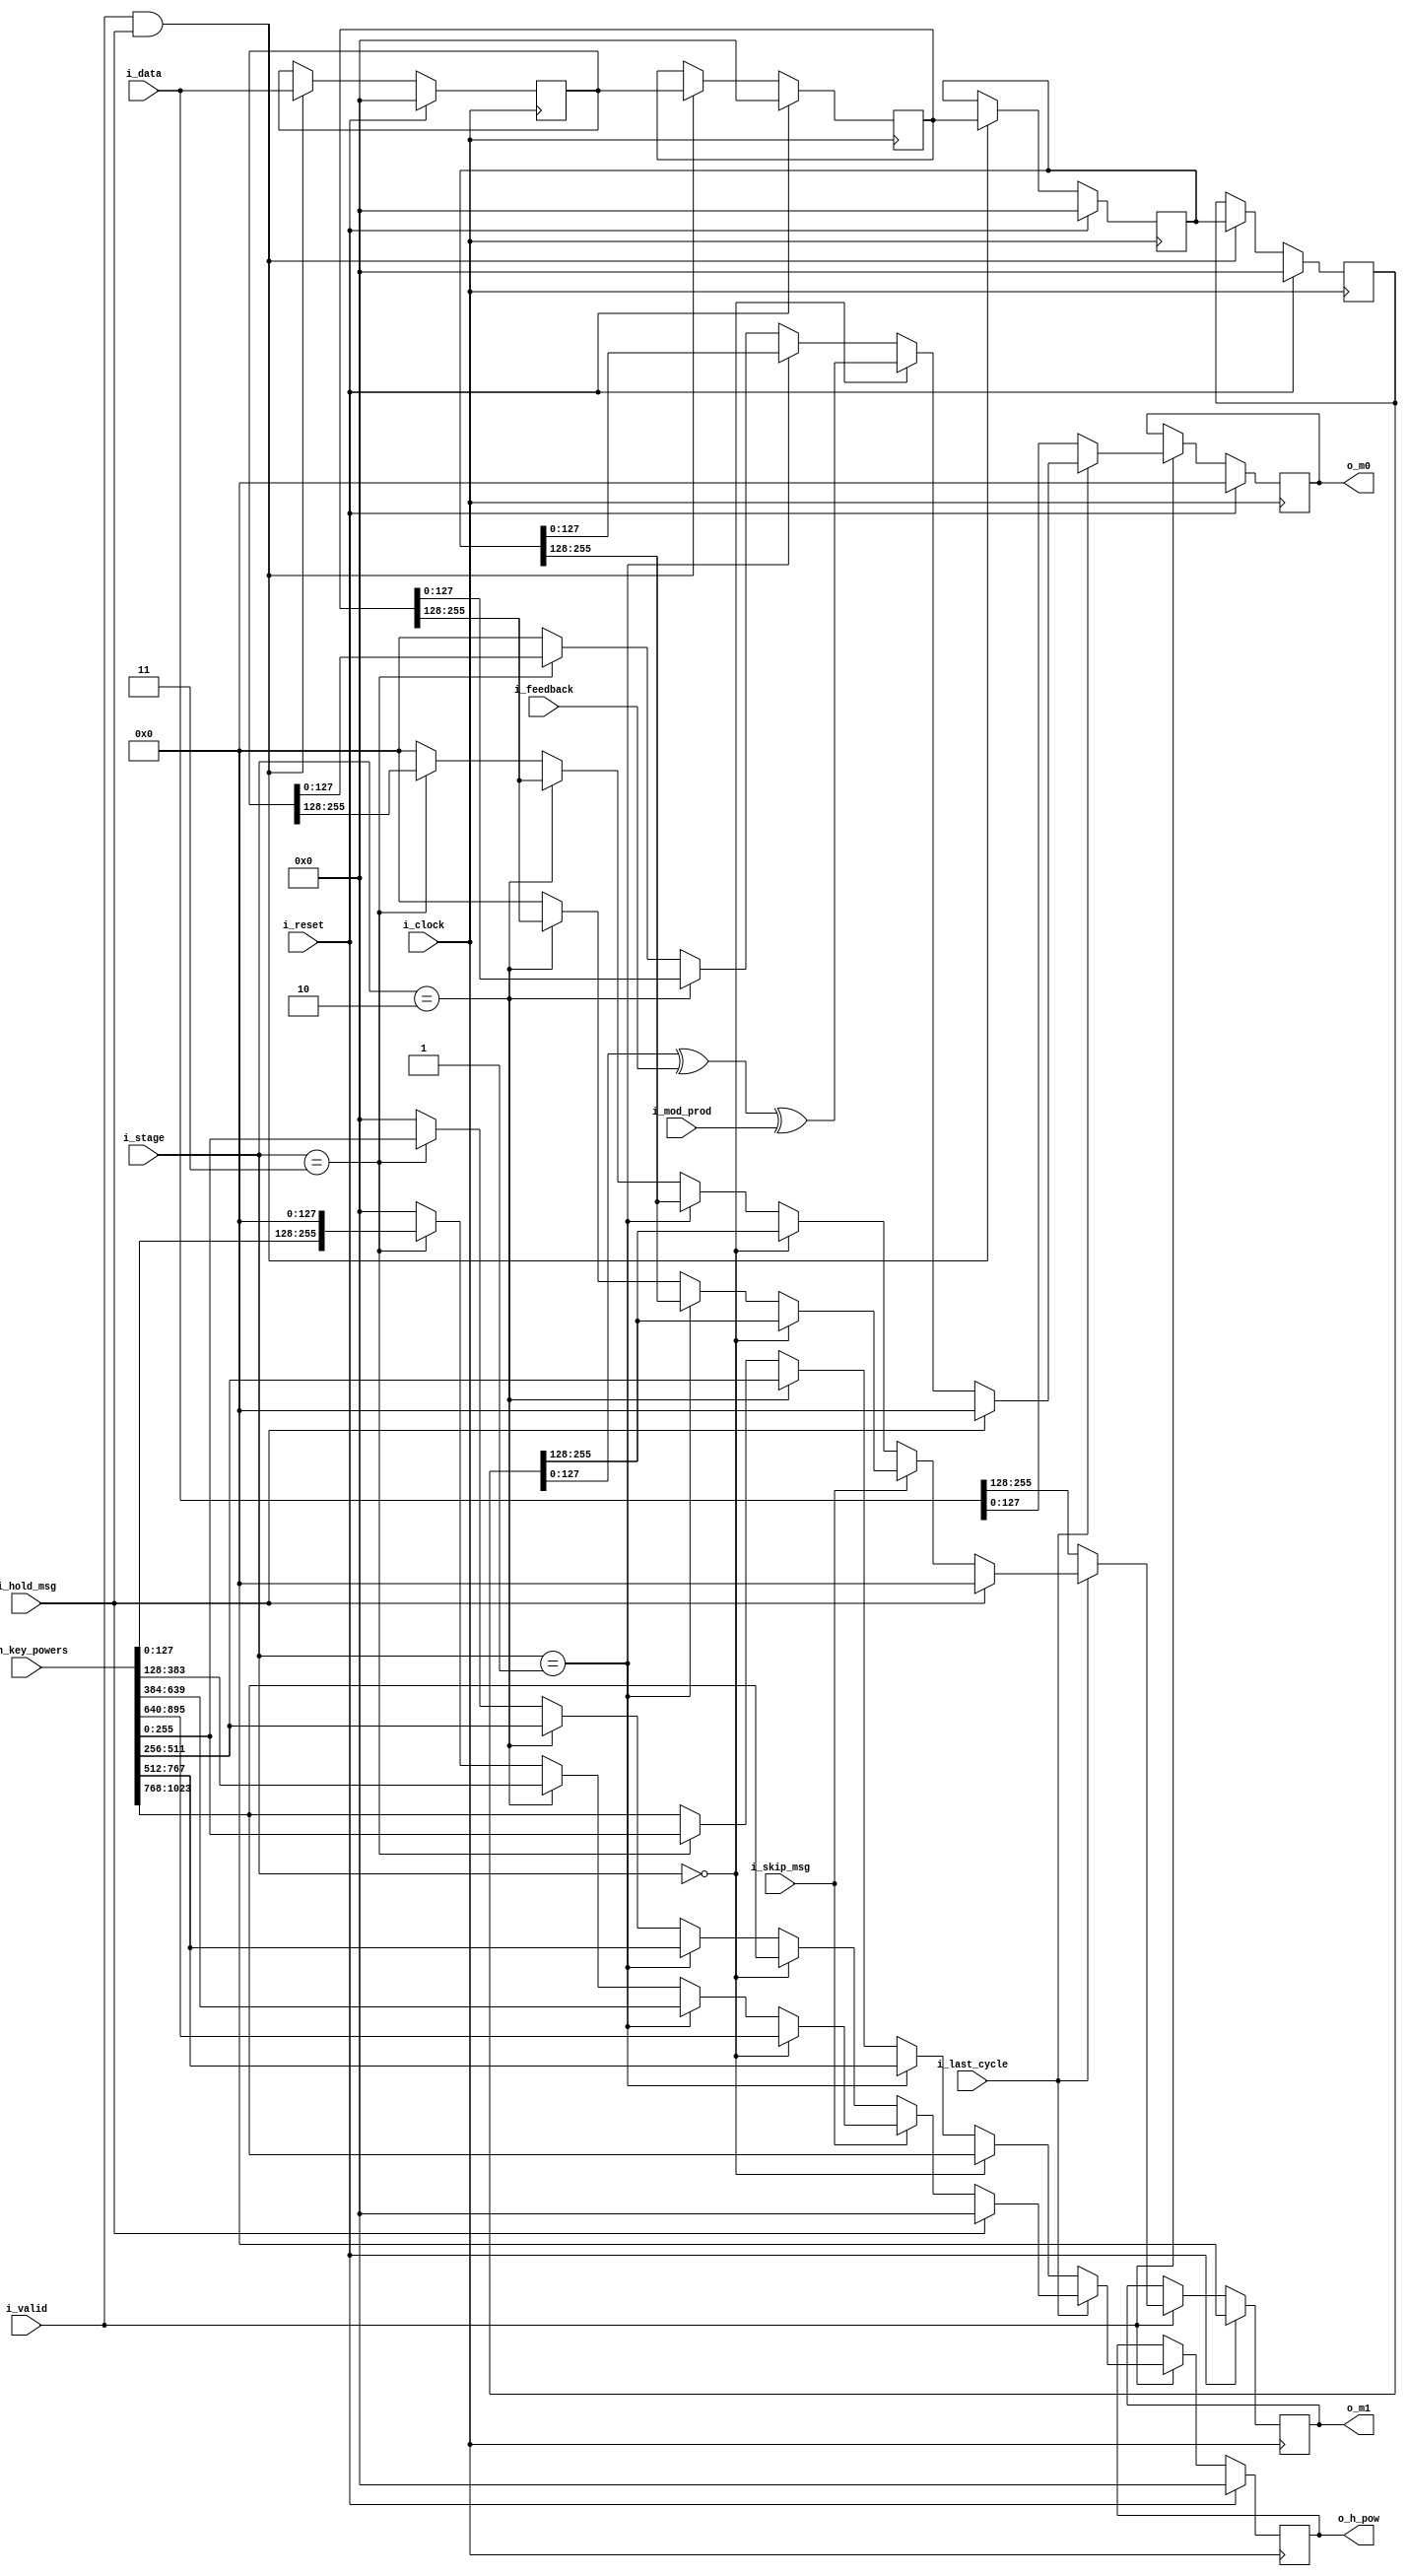
module ghash_msg_and_h_pow_picker
#(
    // PARAMETERS
    parameter                                               NB_BLOCK        = 128,
    parameter                                               N_BLOCKS        = 2,
    parameter                                               NB_DATA         = N_BLOCKS*NB_BLOCK,
    parameter                                               N_H_POW         = 8,
    parameter                                               MSG_BUBBLES     = 0
)
(
    // OUTPUTS
    output          reg     [NB_BLOCK-1:0]                  o_m0,
    output          reg     [NB_BLOCK-1:0]                  o_m1,
    output          reg     [NB_DATA-1:0]                   o_h_pow,    
    // INPUTS
    input           wire    [NB_DATA-1:0]                   i_data,
    input           wire    [N_H_POW*NB_BLOCK-1:0]          i_h_key_powers,
    input           wire    [NB_BLOCK-1:0]                  i_feedback,
    input           wire    [NB_BLOCK-1:0]                  i_mod_prod,
    input           wire    [1:0]                           i_stage,
    input           wire                                    i_hold_msg,
    input           wire                                    i_skip_msg,
    input           wire                                    i_last_cycle,
    input           wire                                    i_valid,
    input           wire                                    i_reset,
    input           wire                                    i_clock
);

    // QUICK INSTANCE: BEGIN
    /*
    ghash_msg_and_h_pow_picker
    #(
        // PARAMETERS
        .NB_BLOCK           ( NB_BLOCK      ),
        .N_BLOCKS           ( N_BLOCKS      ),
        .NB_DATA            ( NB_DATA       ),
        .N_H_POW            ( N_H_POW       ),
        .MSG_BUBBLES        ( MSG_BUBBLES   )
    )
    u_ghash_msg_and_h_pow_picker
    (
        // OUTPUTS
        .o_m0               (  ),
        .o_m1               (  ),
        .o_h_pow            (  ),        
        // INPUTS
        .i_data             (  ),
        .i_h_key_powers     (  ),
        .i_feedback         (  ),
        .i_mod_prod         (  ),
        .i_stage            (  ),
        .i_hold_msg         (  ),
        .i_skip_msg         (  ),
        .i_last_cycle       (  ),
        .i_valid            (  ),
        .i_reset            (  ),
        .i_clock            (  )
    );
    */ // QUICK INSTANCE: END

    // INTERNAL SIGNALS
    reg             [NB_DATA-1:0]               message_buffer[3:0];

    // ALGORITHM MEGIN
    // Message Buffering for Last Cycle
    always @( posedge i_clock ) begin
        if ( i_reset ) begin
            message_buffer[0]   <= { NB_DATA{1'b0} };
            message_buffer[1]   <= { NB_DATA{1'b0} };
            message_buffer[2]   <= { NB_DATA{1'b0} };
            message_buffer[3]   <= { NB_DATA{1'b0} };
        end else if ( i_valid && i_hold_msg ) begin
            message_buffer[0]   <= i_data;
            message_buffer[1]   <= message_buffer[0];
            message_buffer[2]   <= message_buffer[1];
            message_buffer[3]   <= message_buffer[2];
        end
    end
    // Output Calculation            
    always @( posedge i_clock ) begin
        if ( i_reset ) begin
            o_m0            <= { NB_BLOCK{1'b0} };
            o_m1            <= { NB_BLOCK{1'b0} };                                                 
            o_h_pow         <= { NB_DATA{1'b0} };
        end 
        //  ==============  NORMAL OPERATION
        else if ( i_valid ) begin
            if ( !i_last_cycle ) begin                                    
                o_m0        <= i_data[0*NB_BLOCK+:NB_BLOCK];
                o_m1        <= i_data[1*NB_BLOCK+:NB_BLOCK];
                if ( i_stage == 2'd0 )                                  // first_mult 
                    o_h_pow <= i_h_key_powers[3*NB_DATA+:NB_DATA];
                else if ( i_stage == 2'd1 )                             // second_mult
                    o_h_pow <= i_h_key_powers[2*NB_DATA+:NB_DATA];
                else if ( i_stage == 2'd2 )                             // third_mult
                    o_h_pow <= i_h_key_powers[1*NB_DATA+:NB_DATA];
                else if ( i_stage == 2'd3 )                             // fourth_mult
                    o_h_pow <= i_h_key_powers[0*NB_DATA+:NB_DATA];
                else                                                    // default
                    o_h_pow <= i_h_key_powers[3*NB_DATA+:NB_DATA];
            end
            //  ==============  LAST CYCLE OPERATION
            else begin
                case ( MSG_BUBBLES )
                    0 : begin                       
                        //  --------------  Last 4 messages, wating for skip_bus...
                        if ( i_hold_msg ) begin           
                            o_m0            <= { NB_BLOCK{1'b0} };
                            o_m1            <= { NB_BLOCK{1'b0} };                                                 
                            o_h_pow         <= { NB_DATA{1'b0} };
                        end else begin                      
                            //  --------------  After wating for skip_bus, if not occurs, then normal case0 operation
                            if ( !i_skip_msg ) begin
                                if ( i_stage == 2'd0 )
                                begin: case0_no_skip_msg_first_mult
                                    o_m0    <= message_buffer[3][0*NB_BLOCK+:NB_BLOCK] ^ i_feedback ^ i_mod_prod;
                                    o_m1    <= message_buffer[3][1*NB_BLOCK+:NB_BLOCK]; 
                                    o_h_pow <= i_h_key_powers[3*NB_DATA+:NB_DATA];
                                end else if ( i_stage == 2'd1 )
                                begin: case0_no_skip_msg_second_mult
                                    o_m0    <= message_buffer[2][0*NB_BLOCK+:NB_BLOCK];
                                    o_m1    <= message_buffer[2][1*NB_BLOCK+:NB_BLOCK];
                                    o_h_pow <= i_h_key_powers[2*NB_DATA+:NB_DATA];
                                end else if ( i_stage == 2'd2 )
                                begin: case0_no_skip_msg_third_mult
                                    o_m0    <= message_buffer[1][0*NB_BLOCK+:NB_BLOCK];
                                    o_m1    <= message_buffer[1][1*NB_BLOCK+:NB_BLOCK];
                                    o_h_pow <= i_h_key_powers[1*NB_DATA+:NB_DATA];
                                end else if ( i_stage == 2'd3 )
                                begin: case0_no_skip_msg_fourth_mult
                                    o_m0    <= message_buffer[0][0*NB_BLOCK+:NB_BLOCK];
                                    o_m1    <= message_buffer[0][1*NB_BLOCK+:NB_BLOCK];
                                    o_h_pow <= i_h_key_powers[0*NB_DATA+:NB_DATA];
                                end else
                                begin: case0_no_skip_msg_default
                                    o_m0    <= { NB_BLOCK{1'b0} };
                                    o_m1    <= { NB_BLOCK{1'b0} };                                            
                                    o_h_pow <= { NB_DATA{1'b0} }; 
                                end
                            end 
                            //  --------------  After wating for skip_bus, if occurs, then...
                            else begin                  
                                if ( i_stage == 2'd0 )
                                begin: case0_skip_msg_first_mult 
                                    o_m0    <= message_buffer[3][0*NB_BLOCK+:NB_BLOCK] ^ i_feedback ^ i_mod_prod;
                                    o_m1    <= message_buffer[3][1*NB_BLOCK+:NB_BLOCK]; 
                                    o_h_pow <= { i_h_key_powers[6*NB_BLOCK+:NB_BLOCK], i_h_key_powers[5*NB_BLOCK+:NB_BLOCK] };
                                end else if ( i_stage == 2'd1 ) 
                                begin: case0_skip_msg_second_mult
                                    o_m0    <= message_buffer[2][0*NB_BLOCK+:NB_BLOCK];
                                    o_m1    <= message_buffer[2][1*NB_BLOCK+:NB_BLOCK];
                                    o_h_pow <= { i_h_key_powers[4*NB_BLOCK+:NB_BLOCK], i_h_key_powers[3*NB_BLOCK+:NB_BLOCK] };
                                end else if ( i_stage == 2'd2 ) 
                                begin: case0_skip_msg_third_mult
                                    o_m0    <= message_buffer[1][0*NB_BLOCK+:NB_BLOCK];
                                    o_m1    <= message_buffer[1][1*NB_BLOCK+:NB_BLOCK];
                                    o_h_pow <= { i_h_key_powers[2*NB_BLOCK+:NB_BLOCK], i_h_key_powers[1*NB_BLOCK+:NB_BLOCK] };
                                end else if ( i_stage == 2'd3 )
                                begin: case0_skip_msg_fourth_mult
                                    o_m0    <= message_buffer[0][0*NB_BLOCK+:NB_BLOCK];
                                    o_m1    <= {NB_BLOCK{1'b0}};      // <--- This is all 0s ( skiped )
                                    o_h_pow <= { i_h_key_powers[0*NB_BLOCK+:NB_BLOCK], {NB_BLOCK{1'b0}} };
                                end else            
                                begin: case0_skip_msg_default
                                    o_m0    <= { NB_BLOCK{1'b0} };
                                    o_m1    <= { NB_BLOCK{1'b0} };                                            
                                    o_h_pow <= { NB_DATA{1'b0} };    
                                end
                            end
                        end   
                    end
                    1 : begin                         
                        //  --------------  Last 4 messages, wating for skip_bus...
                        if ( i_hold_msg ) begin           
                            o_m0            <= { NB_BLOCK{1'b0} };
                            o_m1            <= { NB_BLOCK{1'b0} };                                                 
                            o_h_pow         <= { NB_DATA{1'b0} };
                        end else begin                      
                            //  --------------  After wating for skip_bus, if not occurs, then normal case1 operation
                            if ( !i_skip_msg ) begin
                                if ( i_stage == 2'd0 )
                                begin: case1_no_skip_msg_first_mult
                                    o_m0    <= { NB_BLOCK{1'b0} } ^ i_feedback ^ i_mod_prod;
                                    o_m1    <= { NB_BLOCK{1'b0} };
                                    o_h_pow <= i_h_key_powers[0*NB_DATA+:NB_DATA];
                                end else if ( i_stage == 2'd1 )
                                begin: case1_no_skip_msg_second_mult
                                    o_m0    <= { NB_BLOCK{1'b0} };
                                    o_m1    <= { NB_BLOCK{1'b0} };
                                    o_h_pow <= i_h_key_powers[0*NB_DATA+:NB_DATA];
                                end else if ( i_stage == 2'd2 )
                                begin: case1_no_skip_msg_third_mult
                                    o_m0    <= { NB_BLOCK{1'b0} };
                                    o_m1    <= { NB_BLOCK{1'b0} };
                                    o_h_pow <= i_h_key_powers[0*NB_DATA+:NB_DATA];
                                end else if ( i_stage == 2'd3 )
                                begin: case1_no_skip_msg_fourth_mult
                                    o_m0    <= message_buffer[3][0*NB_BLOCK+:NB_BLOCK];
                                    o_m1    <= message_buffer[3][1*NB_BLOCK+:NB_BLOCK];
                                    o_h_pow <= i_h_key_powers[0*NB_DATA+:NB_DATA];
                                end else
                                begin: case1_no_skip_msg_default
                                    o_m0    <= { NB_BLOCK{1'b0} };
                                    o_m1    <= { NB_BLOCK{1'b0} };                                            
                                    o_h_pow <= { NB_DATA{1'b0} }; 
                                end
                             end 
                             //  --------------  After wating for skip_bus, if occurs, then...
                             else begin                  
                                if ( i_stage == 2'd0 )
                                begin: case1_skip_msg_first_mult
                                    o_m0    <= { NB_BLOCK{1'b0} } ^ i_feedback ^ i_mod_prod;
                                    o_m1    <= { NB_BLOCK{1'b0} };
                                    o_h_pow <= { i_h_key_powers[0*NB_BLOCK+:NB_BLOCK], {NB_BLOCK{1'b0}} };
                                end else if ( i_stage == 2'd1 )
                                begin: case1_skip_msg_second_mult
                                    o_m0    <= { NB_BLOCK{1'b0} };
                                    o_m1    <= { NB_BLOCK{1'b0} };
                                    o_h_pow <= { NB_DATA{1'b0} };
                                end else if ( i_stage == 2'd2 )
                                begin: case1_skip_msg_third_mult
                                    o_m0    <= { NB_BLOCK{1'b0} };
                                    o_m1    <= { NB_BLOCK{1'b0} };
                                    o_h_pow <= { NB_DATA{1'b0} };
                                end else if ( i_stage == 2'd3 )
                                begin: case1_skip_msg_fourth_mult
                                    o_m0    <= message_buffer[3][0*NB_BLOCK+:NB_BLOCK];
                                    o_m1    <= {NB_BLOCK{1'b0}};      // <--- This is all 0s ( skiped )
                                    o_h_pow <= { i_h_key_powers[0*NB_BLOCK+:NB_BLOCK], {NB_BLOCK{1'b0}} };
                                end else
                                begin: case1_skip_msg_default
                                    o_m0    <= { NB_BLOCK{1'b0} };
                                    o_m1    <= { NB_BLOCK{1'b0} };                                            
                                    o_h_pow <= { NB_DATA{1'b0} }; 
                                end
                            end
                        end                 end                 2 : begin                 
                        //  --------------  Last 4 messages, wating for skip_bus...
                        if ( i_hold_msg ) begin           
                            o_m0            <= { NB_BLOCK{1'b0} };
                            o_m1            <= { NB_BLOCK{1'b0} };                                                 
                            o_h_pow         <= { NB_DATA{1'b0} };
                        end else begin                      
                            //  --------------  After wating for skip_bus, if not occurs, then normal case2 operation
                            if ( !i_skip_msg ) begin
                                if ( i_stage == 2'd0 )
                                begin: case2_no_skip_msg_first_mult
                                    o_m0    <= { NB_BLOCK{1'b0} } ^ i_feedback ^ i_mod_prod;
                                    o_m1    <= { NB_BLOCK{1'b0} };
                                    o_h_pow <= i_h_key_powers[1*NB_DATA+:NB_DATA];
                                end else if ( i_stage == 2'd1 )
                                begin: case2_no_skip_msg_second_mult
                                    o_m0    <= { NB_BLOCK{1'b0} };
                                    o_m1    <= { NB_BLOCK{1'b0} };
                                    o_h_pow <= { NB_DATA{1'b0} }; 
                                end else if ( i_stage == 2'd2 )
                                begin: case2_no_skip_msg_third_mult
                                    o_m0    <= message_buffer[3][0*NB_BLOCK+:NB_BLOCK];
                                    o_m1    <= message_buffer[3][1*NB_BLOCK+:NB_BLOCK];
                                    o_h_pow <= i_h_key_powers[1*NB_DATA+:NB_DATA];
                                end else if ( i_stage == 2'd3 )
                                begin: case2_no_skip_msg_fourth_mult
                                    o_m0    <= message_buffer[2][0*NB_BLOCK+:NB_BLOCK];
                                    o_m1    <= message_buffer[2][1*NB_BLOCK+:NB_BLOCK];
                                    o_h_pow <= i_h_key_powers[0*NB_DATA+:NB_DATA];
                                end else
                                begin: case2_no_skip_msg_default
                                    o_m0    <= { NB_BLOCK{1'b0} };
                                    o_m1    <= { NB_BLOCK{1'b0} };                                            
                                    o_h_pow <= { NB_DATA{1'b0} }; 
                                end
                             end 
                             //  --------------  After wating for skip_bus, if occurs, then...
                             else begin                  
                                if ( i_stage == 2'd0 )
                                begin: case2_skip_msg_first_mult
                                    o_m0    <= { NB_BLOCK{1'b0} } ^ i_feedback ^ i_mod_prod;
                                    o_m1    <= { NB_BLOCK{1'b0} };
                                    o_h_pow <= { i_h_key_powers[2*NB_BLOCK+:NB_BLOCK], {NB_BLOCK{1'b0}} };
                                end else if ( i_stage == 2'd1 )
                                begin: case2_skip_msg_second_mult
                                    o_m0    <= { NB_BLOCK{1'b0} };
                                    o_m1    <= { NB_BLOCK{1'b0} };
                                    o_h_pow <= { NB_DATA{1'b0} };
                                end else if ( i_stage == 2'd2 )
                                begin: case2_skip_msg_third_mult
                                    o_m0    <= message_buffer[3][0*NB_BLOCK+:NB_BLOCK];
                                    o_m1    <= message_buffer[3][1*NB_BLOCK+:NB_BLOCK];
                                    o_h_pow <= { i_h_key_powers[2*NB_BLOCK+:NB_BLOCK], i_h_key_powers[1*NB_BLOCK+:NB_BLOCK] };
                                end else if ( i_stage == 2'd3 )
                                begin: case2_skip_msg_fourth_mult
                                    o_m0    <= message_buffer[2][0*NB_BLOCK+:NB_BLOCK];
                                    o_m1    <= {NB_BLOCK{1'b0}};      // <--- This is all 0s ( skiped )
                                    o_h_pow <= { i_h_key_powers[0*NB_BLOCK+:NB_BLOCK], {NB_BLOCK{1'b0}} };
                                end else
                                begin: case2_skip_msg_default
                                    o_m0    <= { NB_BLOCK{1'b0} };
                                    o_m1    <= { NB_BLOCK{1'b0} };                                            
                                    o_h_pow <= { NB_DATA{1'b0} }; 
                                end
                            end
                        end
                    end
                    3 : begin                        
                        //  --------------  Last 4 messages, wating for skip_bus...
                        if ( i_hold_msg ) begin           
                            o_m0            <= { NB_BLOCK{1'b0} };
                            o_m1            <= { NB_BLOCK{1'b0} };                                                 
                            o_h_pow         <= { NB_DATA{1'b0} };
                        end else begin
                            //  --------------  After wating for skip_bus, if not occurs, then normal case3 operation                      
                            if ( !i_skip_msg ) begin
                                if ( i_stage == 2'd0 )
                                begin: case3_no_skip_msg_first_mult
                                    o_m0    <= { NB_BLOCK{1'b0} } ^ i_feedback ^ i_mod_prod;
                                    o_m1    <= { NB_BLOCK{1'b0} };
                                    o_h_pow <= i_h_key_powers[2*NB_DATA+:NB_DATA];
                                end else if ( i_stage == 2'd1 )
                                begin: case3_no_skip_msg_second_mult
                                    o_m0    <= message_buffer[3][0*NB_BLOCK+:NB_BLOCK];
                                    o_m1    <= message_buffer[3][1*NB_BLOCK+:NB_BLOCK];
                                    o_h_pow <= i_h_key_powers[2*NB_DATA+:NB_DATA];
                                end else if ( i_stage == 2'd2 )
                                begin: case3_no_skip_msg_third_mult
                                    o_m0    <= message_buffer[2][0*NB_BLOCK+:NB_BLOCK];
                                    o_m1    <= message_buffer[2][1*NB_BLOCK+:NB_BLOCK];
                                    o_h_pow <= i_h_key_powers[1*NB_DATA+:NB_DATA];
                                end else if ( i_stage == 2'd3 )
                                begin: case3_no_skip_msg_fourth_mult
                                    o_m0    <= message_buffer[1][0*NB_BLOCK+:NB_BLOCK];
                                    o_m1    <= message_buffer[1][1*NB_BLOCK+:NB_BLOCK];
                                    o_h_pow <= i_h_key_powers[0*NB_DATA+:NB_DATA];
                                end else
                                begin: case3_no_skip_msg_default
                                    o_m0    <= { NB_BLOCK{1'b0} };
                                    o_m1    <= { NB_BLOCK{1'b0} };                                            
                                    o_h_pow <= { NB_DATA{1'b0} }; 
                                end
                             end 
                             //  --------------  After wating for skip_bus, if occurs, then...
                             else begin
                                if ( i_stage == 2'd0 )
                                begin: case3_skip_msg_first_mult
                                    o_m0    <= { NB_BLOCK{1'b0} } ^ i_feedback ^ i_mod_prod;
                                    o_m1    <= { NB_BLOCK{1'b0} };
                                    o_h_pow <= { i_h_key_powers[4*NB_BLOCK+:NB_BLOCK], {NB_BLOCK{1'b0}} };
                                end else if ( i_stage == 2'd1 )
                                begin: case3_skip_msg_second_mult
                                    o_m0    <= message_buffer[3][0*NB_BLOCK+:NB_BLOCK];
                                    o_m1    <= message_buffer[3][1*NB_BLOCK+:NB_BLOCK];
                                    o_h_pow <= { i_h_key_powers[4*NB_BLOCK+:NB_BLOCK], i_h_key_powers[3*NB_BLOCK+:NB_BLOCK] };
                                end else if ( i_stage == 2'd2 )
                                begin: case3_skip_msg_third_mult
                                    o_m0    <= message_buffer[2][0*NB_BLOCK+:NB_BLOCK];
                                    o_m1    <= message_buffer[2][1*NB_BLOCK+:NB_BLOCK]; 
                                    o_h_pow <= { i_h_key_powers[2*NB_BLOCK+:NB_BLOCK], i_h_key_powers[1*NB_BLOCK+:NB_BLOCK] };
                                end else if ( i_stage == 2'd3 )
                                begin: case3_skip_msg_fourth_mult
                                    o_m0    <= message_buffer[1][0*NB_BLOCK+:NB_BLOCK];
                                    o_m1    <= {NB_BLOCK{1'b0}};      // <--- This is all 0s ( skiped )
                                    o_h_pow <= { i_h_key_powers[0*NB_BLOCK+:NB_BLOCK], {NB_BLOCK{1'b0}} };
                                end else
                                begin: case3_skip_msg_default
                                    o_m0    <= { NB_BLOCK{1'b0} };
                                    o_m1    <= { NB_BLOCK{1'b0} };                                            
                                    o_h_pow <= { NB_DATA{1'b0} }; 
                                end
                            end
                        end
                    end             
                    default : begin         
                        o_m0        <= { NB_BLOCK{1'b0} };
                        o_m1        <= { NB_BLOCK{1'b0} };                                            
                        o_h_pow     <= { NB_DATA{1'b0} };   
                    end
                endcase
            end
        end
    end

endmodule